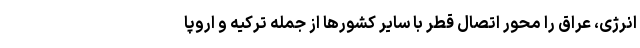
انرژی، عراق را محور اتصال قطر با سایر کشورها از جمله ترکیه و اروپا